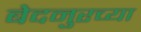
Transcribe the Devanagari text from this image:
बेदनुरच्या